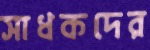
সাধকদের